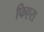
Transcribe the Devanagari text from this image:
फिएरा